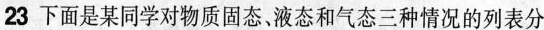
23 下面是某同学对物质固态，液态和气态三种情况的列表分